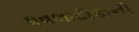
ધવલાટીકાની